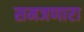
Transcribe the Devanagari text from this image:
समजणारा